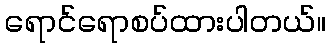
ရောင်ရောစပ်ထားပါတယ်။